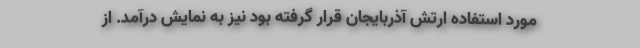
مورد استفاده ارتش آذربایجان قرار گرفته بود نیز به نمایش درآمد. از